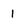
Character: 1